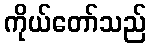
ကိုယ်တော်သည်